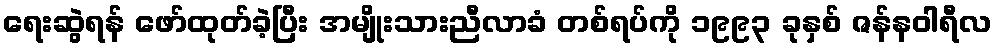
ရေးဆွဲရန် ဖော်ထုတ်ခဲ့ပြီး အမျိုးသားညီလာခံ တစ်ရပ်ကို ၁၉၉၃ ခုနှစ် ဇန်နဝါရီလ